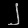
Digit: ၂